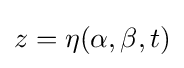
z=\eta (\alpha ,\beta ,t)